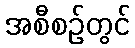
အစီစဉ်တွင်